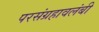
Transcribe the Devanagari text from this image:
परसंग्रहावलंबी